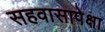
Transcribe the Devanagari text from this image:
सहवासापेक्षा